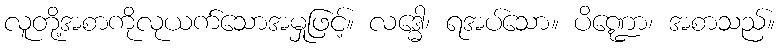
လူတို့အစာကိုလုယက်သောအမှုဖြင့်။ လဒ္ဓေါ၊ ရအပ်သော။ ပိဏ္ဍော၊ အစာသည်။